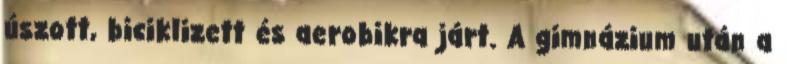
úszott, biciklizett és aerobikra járt. A gimnázium után a